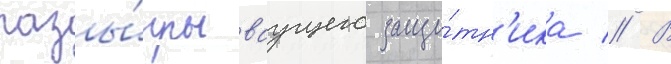
разы́грываущего защи́тн'ика // В